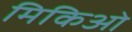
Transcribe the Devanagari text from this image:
मिकिओ